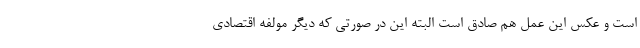
است و عکس این عمل هم صادق است البته این در صورتی که دیگر مولفه اقتصادی